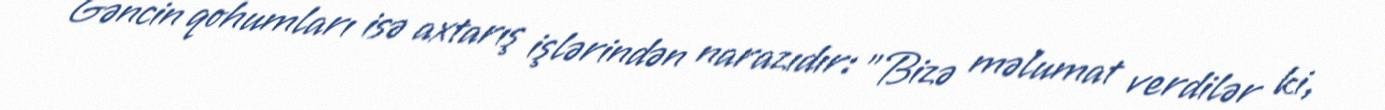
Gəncin qohumları isə axtarış işlərindən narazıdır: "Bizə məlumat verdilər ki,